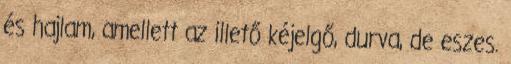
és hajlam, amellett az illető kéjelgő, durva, de eszes.